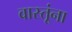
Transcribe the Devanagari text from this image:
वास्तूंना